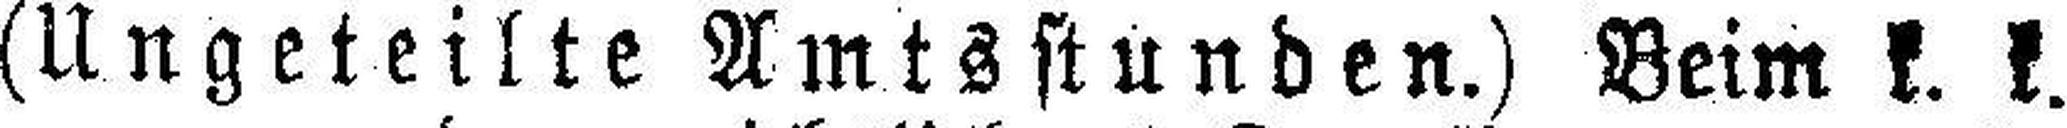
(Ungeteilte Amtsstunden.) Beim k. k.